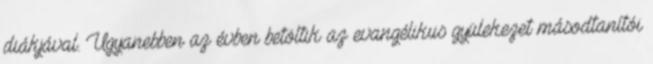
diákjával. Ugyanebben az évben betöltik az evangélikus gyülekezet másodtanítói